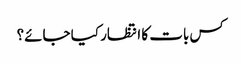
کس بات کا انتظار کیا جائے؟